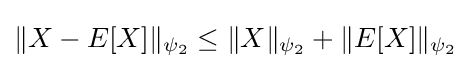
\|X-E[X]\|_{\psi _{2}}\leq \|X\|_{\psi _{2}}+\|E[X]\|_{\psi _{2}}